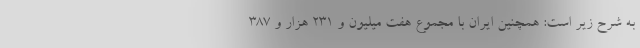
به شرح زیر است: همچنین ایران با مجموع هفت میلیون و ۲۳۱ هزار و ۳۸۷